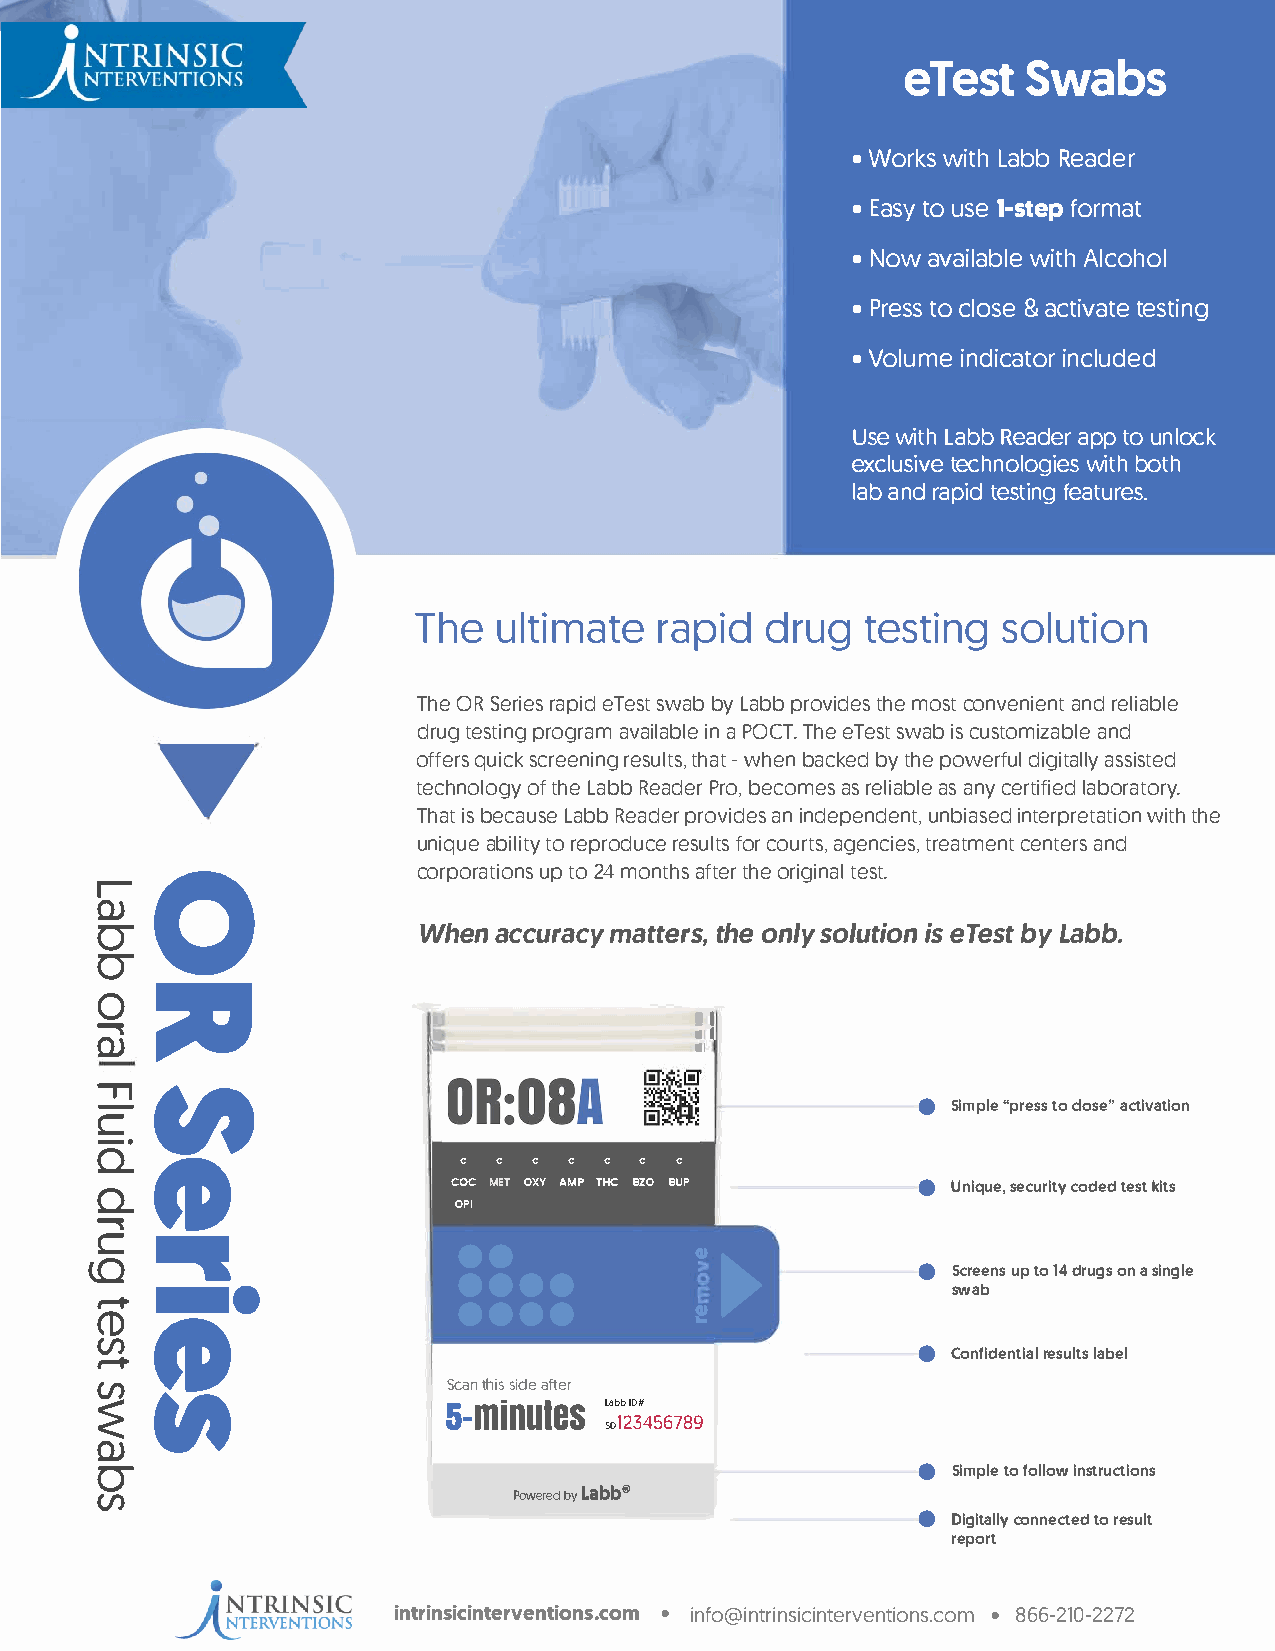
eTestSwabs
 •WorwkisLt  ahb Rbe ader
 •Eatsouy s 1e- stfeopr mat
 •Nowa  vaiwliaAtblhlc eo hol
 •Pretsocs l a&sa ec titveasttei ng
 •Voluimned   iicnactlourd ed
 Uswei tLha bRbe adaeprtp o u nolck
 exclutseicvhen owliotgbhio etsh
 laabn rda ptieds tfienagt ures.
 Thuel      tirmaaptied           drug          testing               solution
 ThOeR S erriaepsei Tdes swta bbyL abpbr ovtihdmeeo ssc to nveannirdee nlti able
 drutge stinga vpariolgarbalme T hieenT esasw taP bcO uCisTst. o mainzda ble
 offqeurissc ckr eerneisnutglh tawsth, e -bna ckbeyd ptohwee rdfiuglia tsiassltleyd
 technoolfto hgey RLeaabdbPe rrbo e,c omaess realsai nacybe lret liafbioerda tory.
 Thabte ciasLu asbeRb e adperro vaindi ensd epeunndbeinaitsn,e tde rpwriettthha et ion
 uniqaubeit loi trye prodfuoccreo urraetgsseu,nl cttirsee sa,tc meenntaten rds
 corporuapt i2to4mon o sn tahfst eorr itghtieen satl.
 1   o
 Q)o-
 Whena ccuracy      tmhaoetn tlseyor lsu,t iisTo enesb tyL abb.
 o-
 o   :m
 11
 �
 111
 Q)                                      11
 -
 "'TI                                                   e
 e-  Ut·                                                  Simp"lper etsocs l osaec"t ivation
 o..
 fD                  e   e  e  e e e e
 e
 o..                     cocM ET OXY AMP THC BZO BUP      Uniqusee,c urciotdyet de skti ts
 OPI
 �   ..                  ••
 e
 ••••
 lO  -·                                  a, ►           e
 ••••                             Screeunps tod r1u4go sn sai ngle
 ..               swab
 ,-+
 a,
 (1) fD
 e
 (/)
 ,-+ "'                                                   Confidernetsiulalaltb se l
 Seatnh siisd ael ter
 &-miLabIbD    #n  utes
 s0123456789
 �
 Q)o-                                                   e
 Simple toi nfsotlrluocwt ions
 Lab® b
 (/)                         Powered by                 e
 Digitcaolnlnye cttore eds ult
 report
 intrinsicinterventions.com • info@intrinsicinterventions.com • 866-210-2272